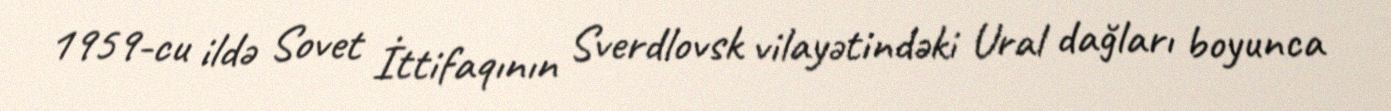
1959-cu ildə Sovet İttifaqının Sverdlovsk vilayətindəki Ural dağları boyunca